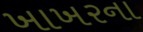
ખાખરના